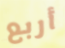
أربع